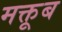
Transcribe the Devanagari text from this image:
मक्तूब